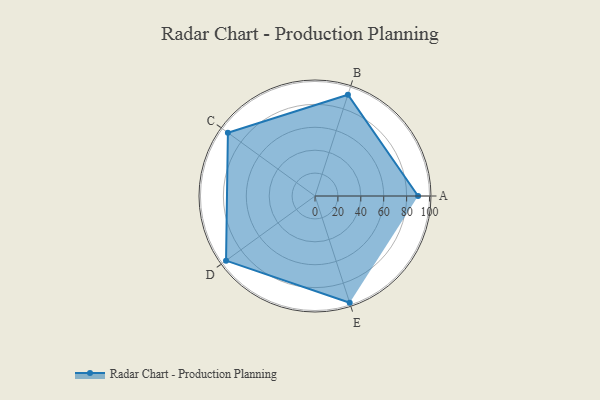
{"axis": {"x": "Skill", "y": "Score"}, "legend": ["Profile"], "data": [{"x": "A", "y": 90.0, "type": "Profile"}, {"x": "B", "y": 93.0, "type": "Profile"}, {"x": "C", "y": 94.0, "type": "Profile"}, {"x": "D", "y": 96.0, "type": "Profile"}, {"x": "E", "y": 98.0, "type": "Profile"}]}